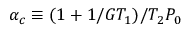
\alpha _ { c } \equiv ( 1 + 1 / G T _ { 1 } ) / T _ { 2 } P _ { 0 }